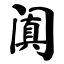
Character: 阗